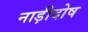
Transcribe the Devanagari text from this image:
नाड़ीदोष